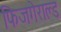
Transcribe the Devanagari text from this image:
फिजगेराल्ड